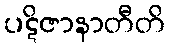
ပဋိဇာနာတီတိ